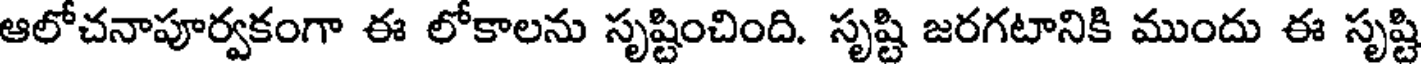
ఆలోచనాపూర్వకంగా ఈ లోకాలను సృష్టించింది. సృష్టి జరగటానికి ముందు ఈ సృష్టి